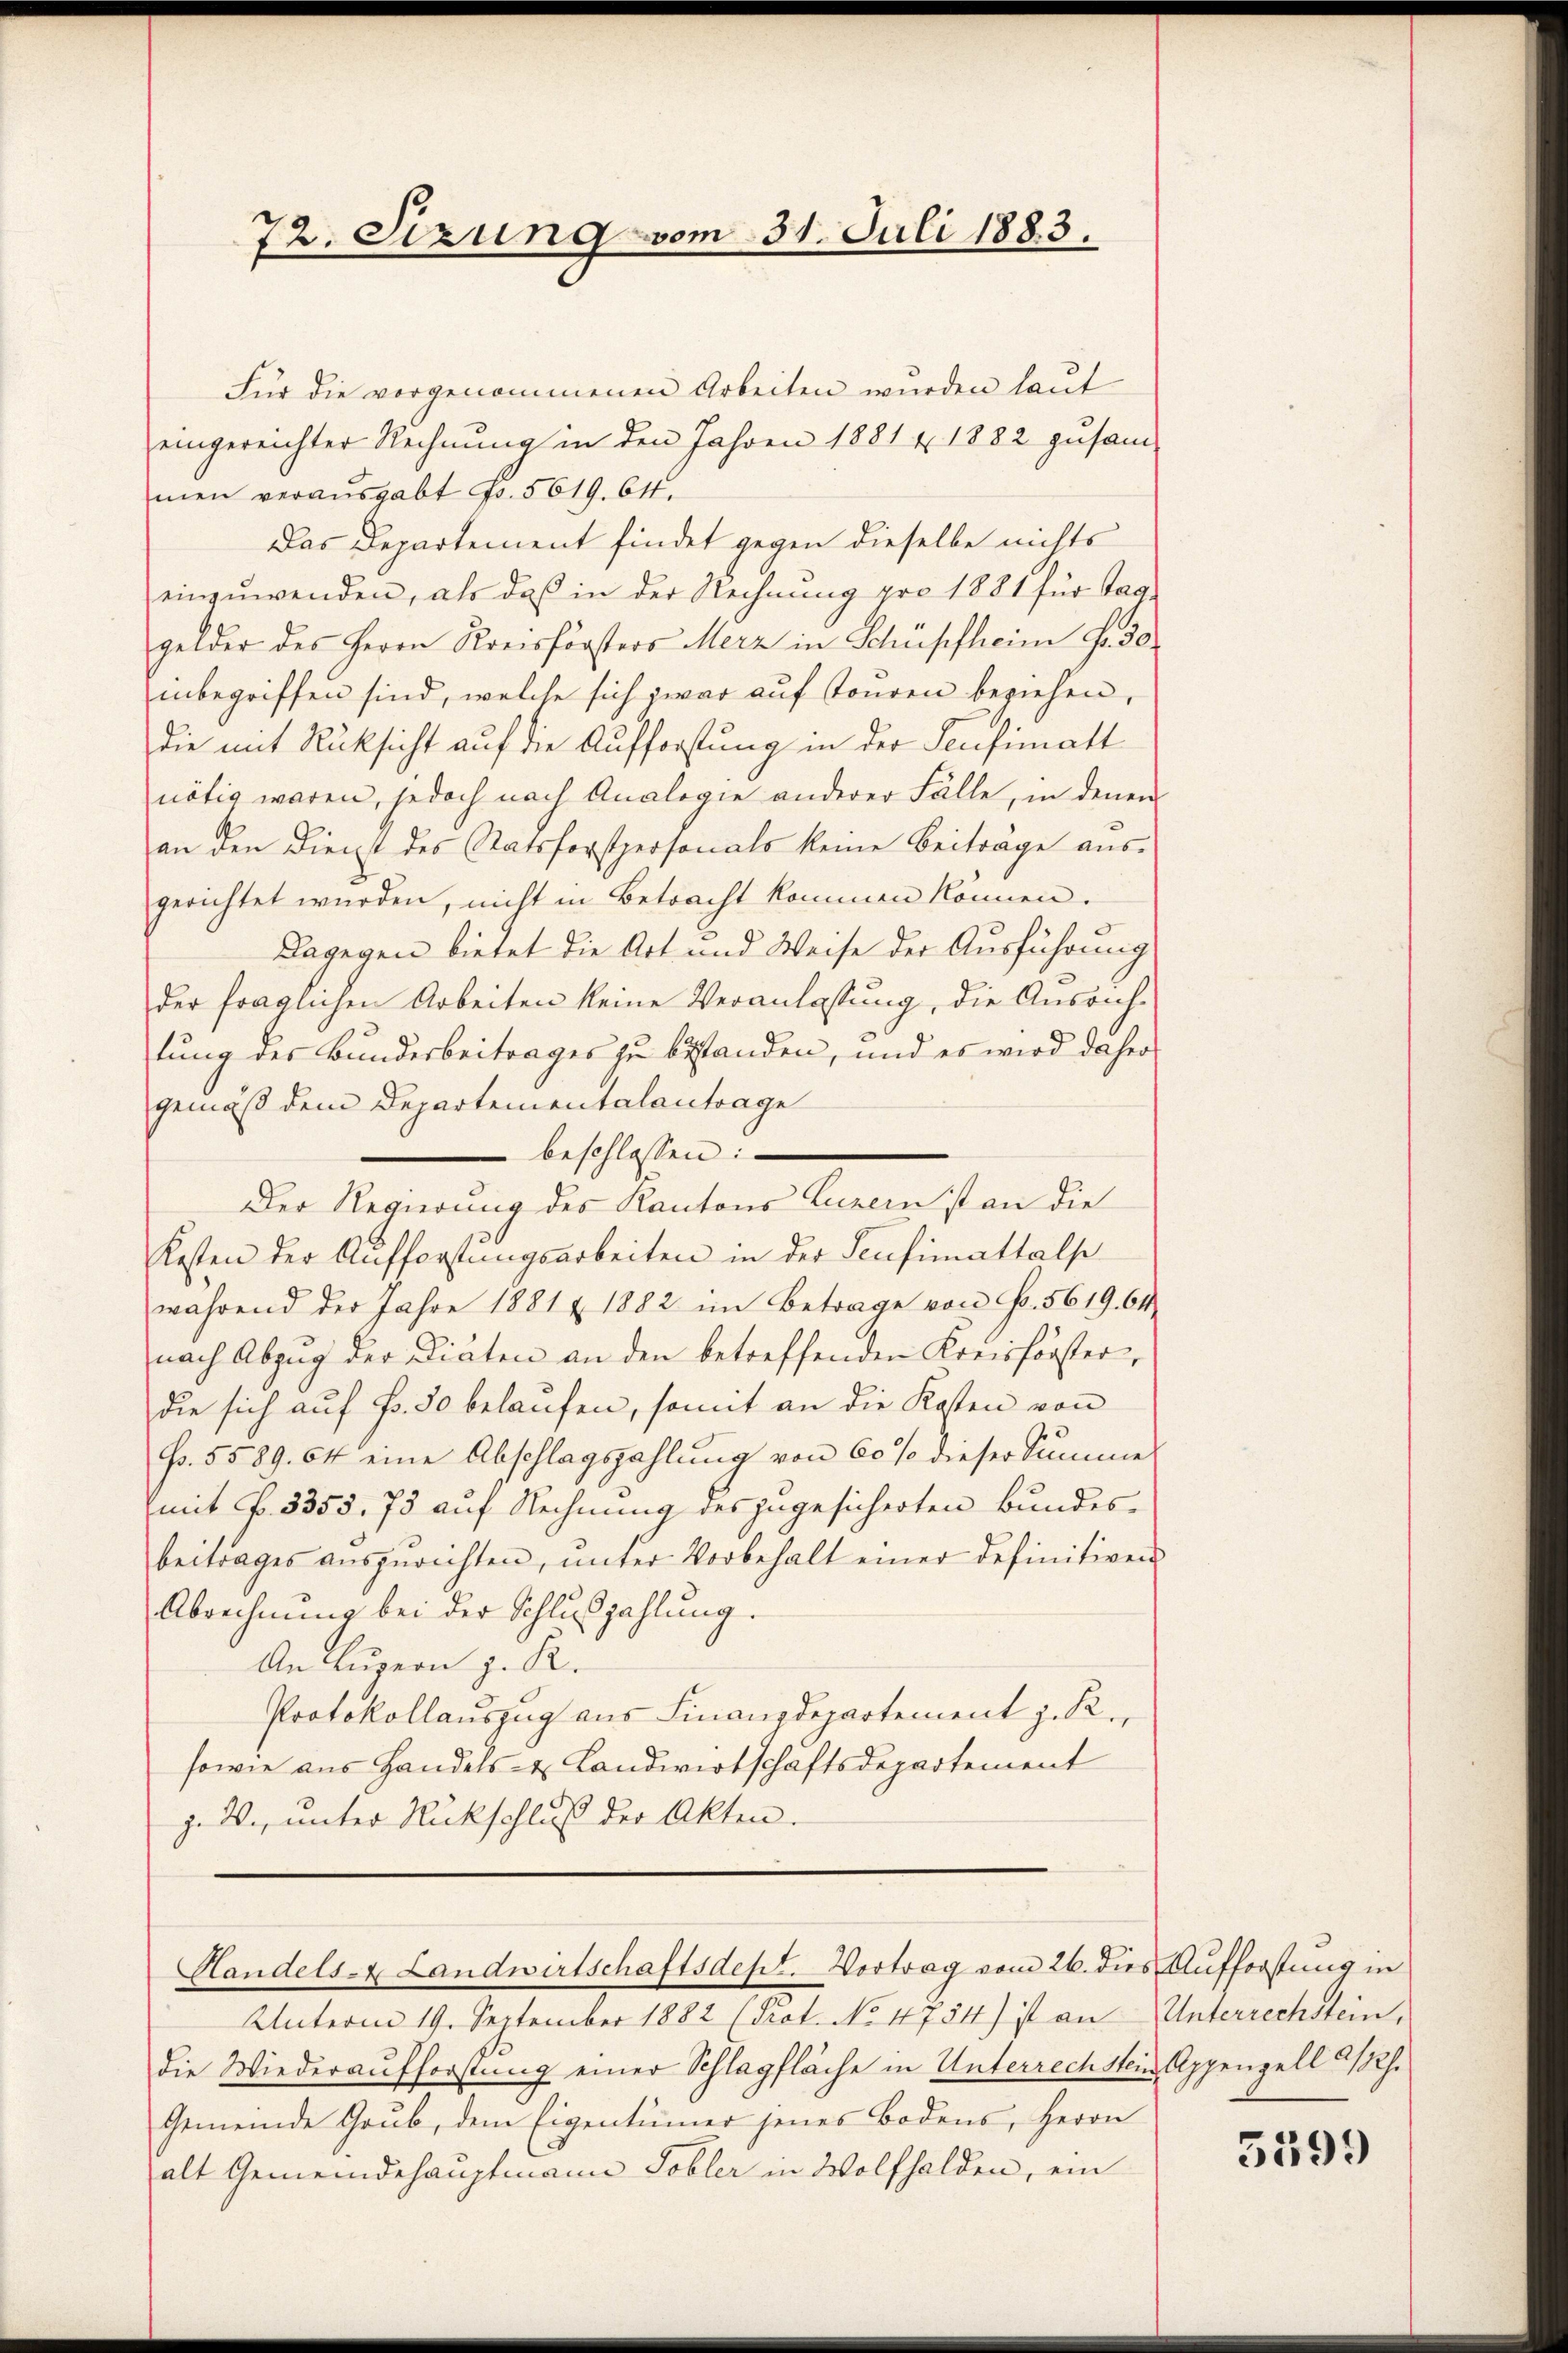
72. Sizung vom 31. Juli 1883.

Für die vorgenommenen Arbeiten wurden laut
eingereichter Rechnung in den Jahren 1881 & 1882 zusam-
men verausgabt Fr. 5619. 64.
Das Departement findet gegen dieselbe nichts
einzŭwenden, als das in der Rechnŭng pro 1881 für Tag
gelder des Herrn Kreisförsters Merz in Schüpfheim Fr. 50
inbegriffen sind, welche sich zwar auf Touren beziehen,
die mit Rücksicht auf die Aufforstung in der Secifimatt
nötig waren, jedoch nach Analogie anderer Fälle, in denen
an den Dienst des Statsforstpersonals keine Beiträge aus-
gerichtet wurden, nicht in Betracht kommen können.
Dagegen bietet die Art und Weise der Ausführung
der fraglichen Arbeiten keine Veranlassung, die Ausrichtung des Bundesbeitrages zu bestanden, und es wird daher
gemäß dem Departementalantrage
 beschlossen:
Der Regierung des Kantons Luzern ist an die
Kosten der Aufforstungsarbeiten in der Sentimattalse
während der Jahre 1881 & 1882 im Betrage von Fr. 5619. 64
nach Abzŭg der Diäten an den betreffenden Kreisförster,
die sich auf Fr. 30 belaufen, somit an die Kosten von
p. 5589. 64 eine Abschlagszahlung von 60 % dieser Summe
mit f. 5355. 73 auf Rechnung des zugesicherten Bundes-
beitrages aŭszŭrichten, ŭnter Vorbehalt einer definitiven
Abrechnung bei der Schluszahlung.
An Luzern z. K.
Protokollauszug aus Finanzdepartement z. R.
sowie aus Handels- & Landwirtschaftsdepartement
j. W., unter Rückschluß der Akten.

Handels- & Landwirtschaftsdest. Vortrag vom 26. dies Aufforstung in

Unterm 19. September 1882 (Prot. No. 4754) ist an Unterrechstein,
die Wiederaufforstung einer Schlagfläche in Unterrech stein Appenzell a/Rh.
Gemeinde Grub, dem Eigentümer jenes Bodens, Herrn
alt Gemeindehauptmann Tobler in Wolfhalden, ein

5399